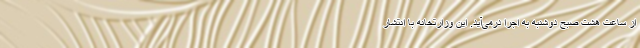
از ساعت هشت صبح دوشنبه به اجرا درمی‌آید. این وزارتخانه با انتشار